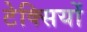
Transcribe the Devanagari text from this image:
टेक्सियों